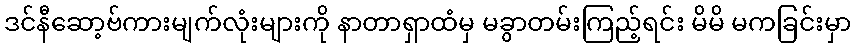
ဒင်နီဆော့ဗ်ကားမျက်လုံးများကို နာတာရှာထံမှ မခွာတမ်းကြည့်ရင်း မိမိ မကခြင်းမှာ